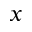
x